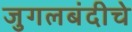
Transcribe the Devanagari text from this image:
जुगलबंदीचे